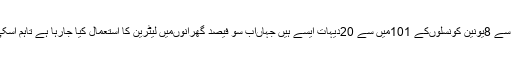
ڈی سی او لیاقت علی چٹھہ نے کہا کہ کمیٹی کی کوششوں سے 8یونین کونسلوںکے 101میں سے 20دیہات ایسے ہیں جہاںاب سو فیصد گھرانوںمیں لیٹرین کا استعمال کیا جارہا ہے تاہم اسکی باقاعدہ تصدیق کے لئے کمیٹی بھی قائم کر دی گئی ہے۔